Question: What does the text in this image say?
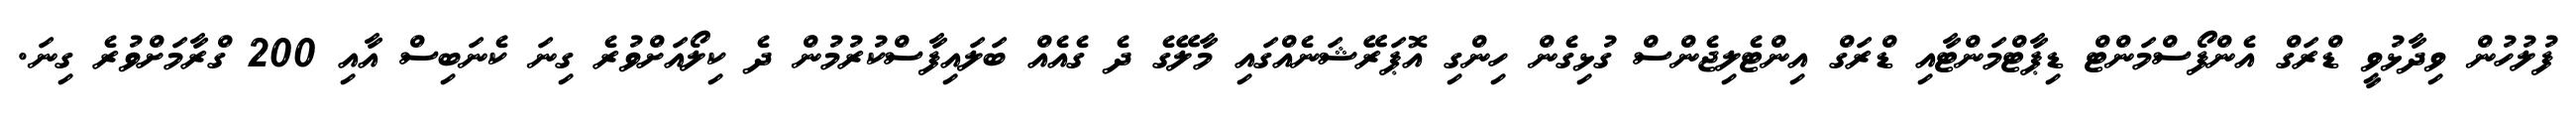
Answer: ފުލުހުން ވިދާޅުވީ ޑްރަގް އެންފޯސްމަންޓް ޑިޕާޓްމަންޓާއި ޑްރަގް އިންޓެލިޖެންސް ގުޅިގެން ހިންގި އޮޕަރޭޝަނެއްގައި މާލޭގެ ދެ ގެއެއް ބަލައިފާސްކުރުމުން ދެ ކިލޯއަށްވުރެ ގިނަ ކެނަބިސް އާއި 200 ގްރާމަށްވުރެ ގިނަ.